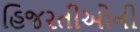
હિજરતીઓની